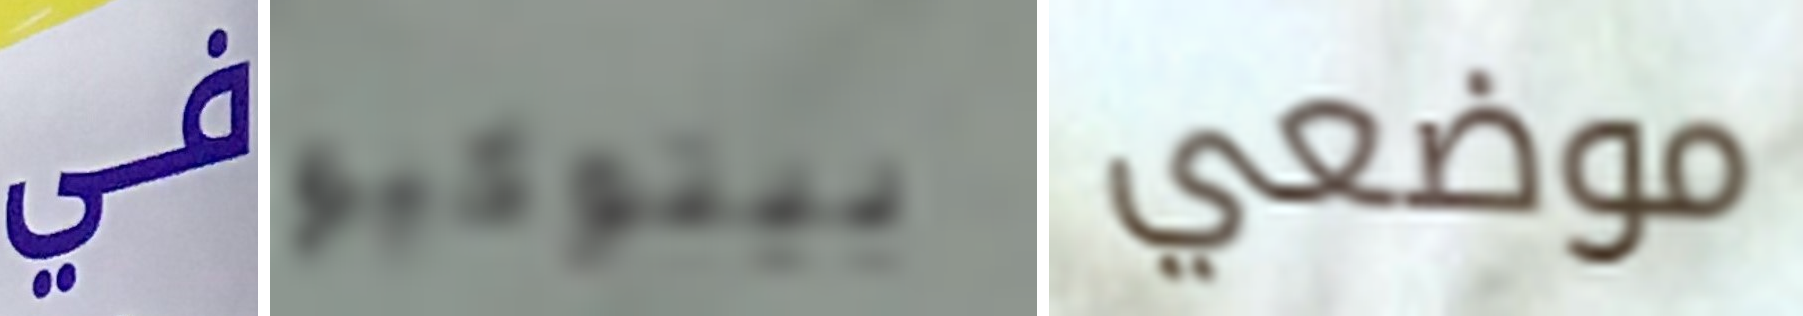
في بينوكيو موضعي